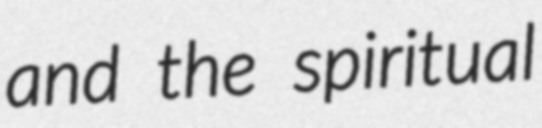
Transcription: and the spiritual